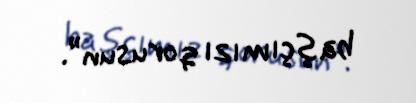
başçımızı qorusun”.